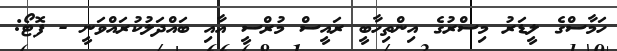
ހަމާސްގެ ލީޑަރު މިސްރުގެ އިންތިހާބީ ރައީސް މުރްސީ އާއި ބައްދަލުކުރައްވަނީ - ފޮޓޯ: